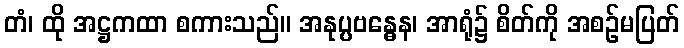
တံ၊ ထို အဋ္ဌကထာ စကားသည်။ အနုပ္ပဗန္ဓေန၊ အာရုံ၌ စိတ်ကို အစဉ်မပြတ်